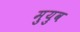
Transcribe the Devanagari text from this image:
मुयुव